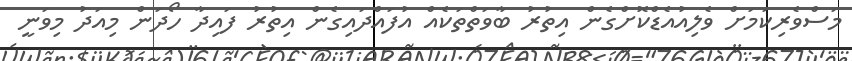
މަސްވެރިކަމަށް ވެލިއުއެޑްކޮށްގެން އިތުރު ބާވަތްތަކެއް އުފައްދައިގެން އިތުރު ފައިދާ ހޯދަން މިއަދު މިވަނީ